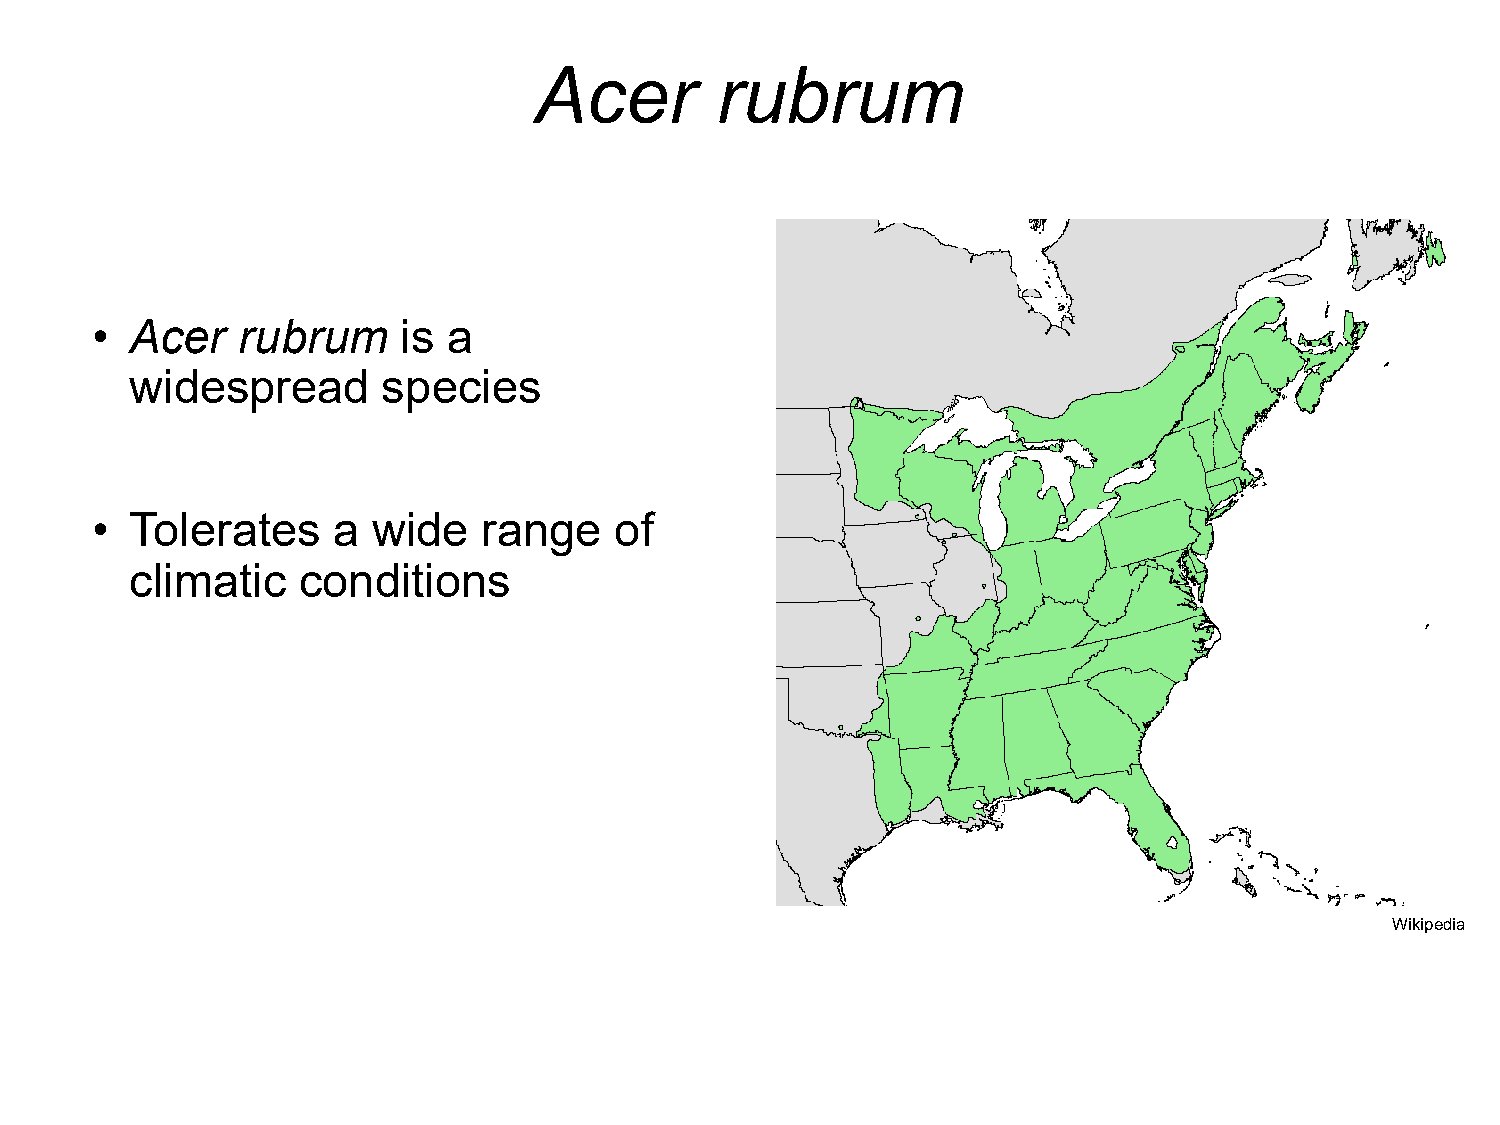
Acer        rubrum
 •  Acer   rubrum    is  a
 widespread      species
 •  Tolerates    a  wide   range    of
 climatic   conditions
 •  Ideal  for  studying
 relationship    with   climate
 Wikipedia